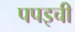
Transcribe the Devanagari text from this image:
पपइची